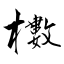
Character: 櫢